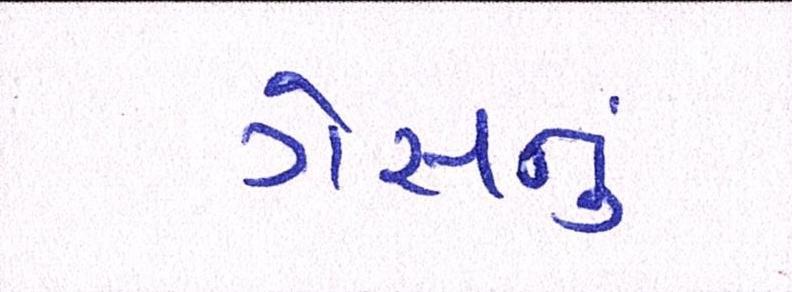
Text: ગેસનું